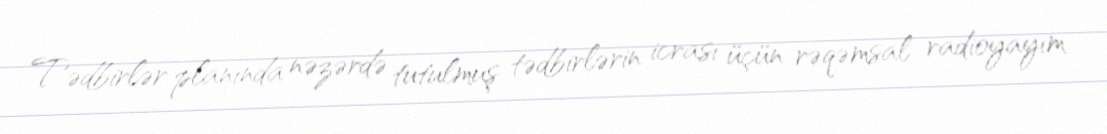
Tədbirlər planında nəzərdə tutulmuş tədbirlərin icrası üçün rəqəmsal radioyayım